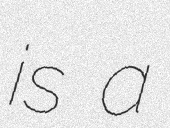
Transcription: is a